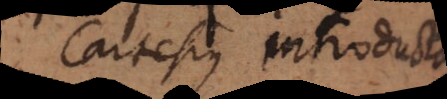
Cartesius introducta